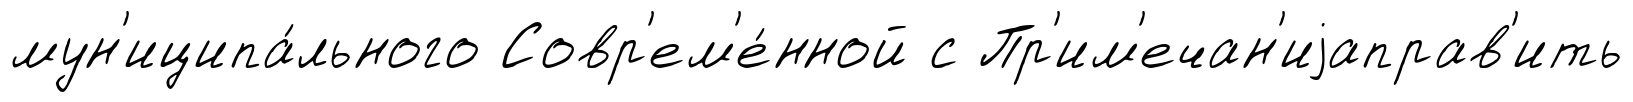
мун'иципа́льного Совр'ем'е́нной с Пр'им'ечан'иjаправ'ить